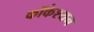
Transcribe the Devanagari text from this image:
कॉकेश्यन